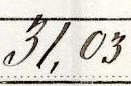
87,81